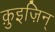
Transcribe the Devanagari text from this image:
क़ुइज़िन्